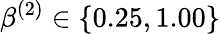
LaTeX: \beta^{(2)}\in\{ 0.25,1.00\}